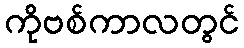
ကိုဗစ်ကာလတွင်